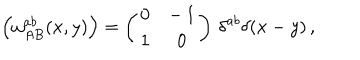
\Bigl ( \omega _ { A B } ^ { a b } ( x , y ) \Bigr ) = \left( \begin{array} { c c } { { 0 } } & { { - \, 1 } } \\ { { 1 } } & { { 0 } } \\ \end{array} \right) \, \delta ^ { a b } \delta ( x - y ) \, ,